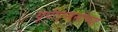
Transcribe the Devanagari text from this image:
यूपीएससीच्या